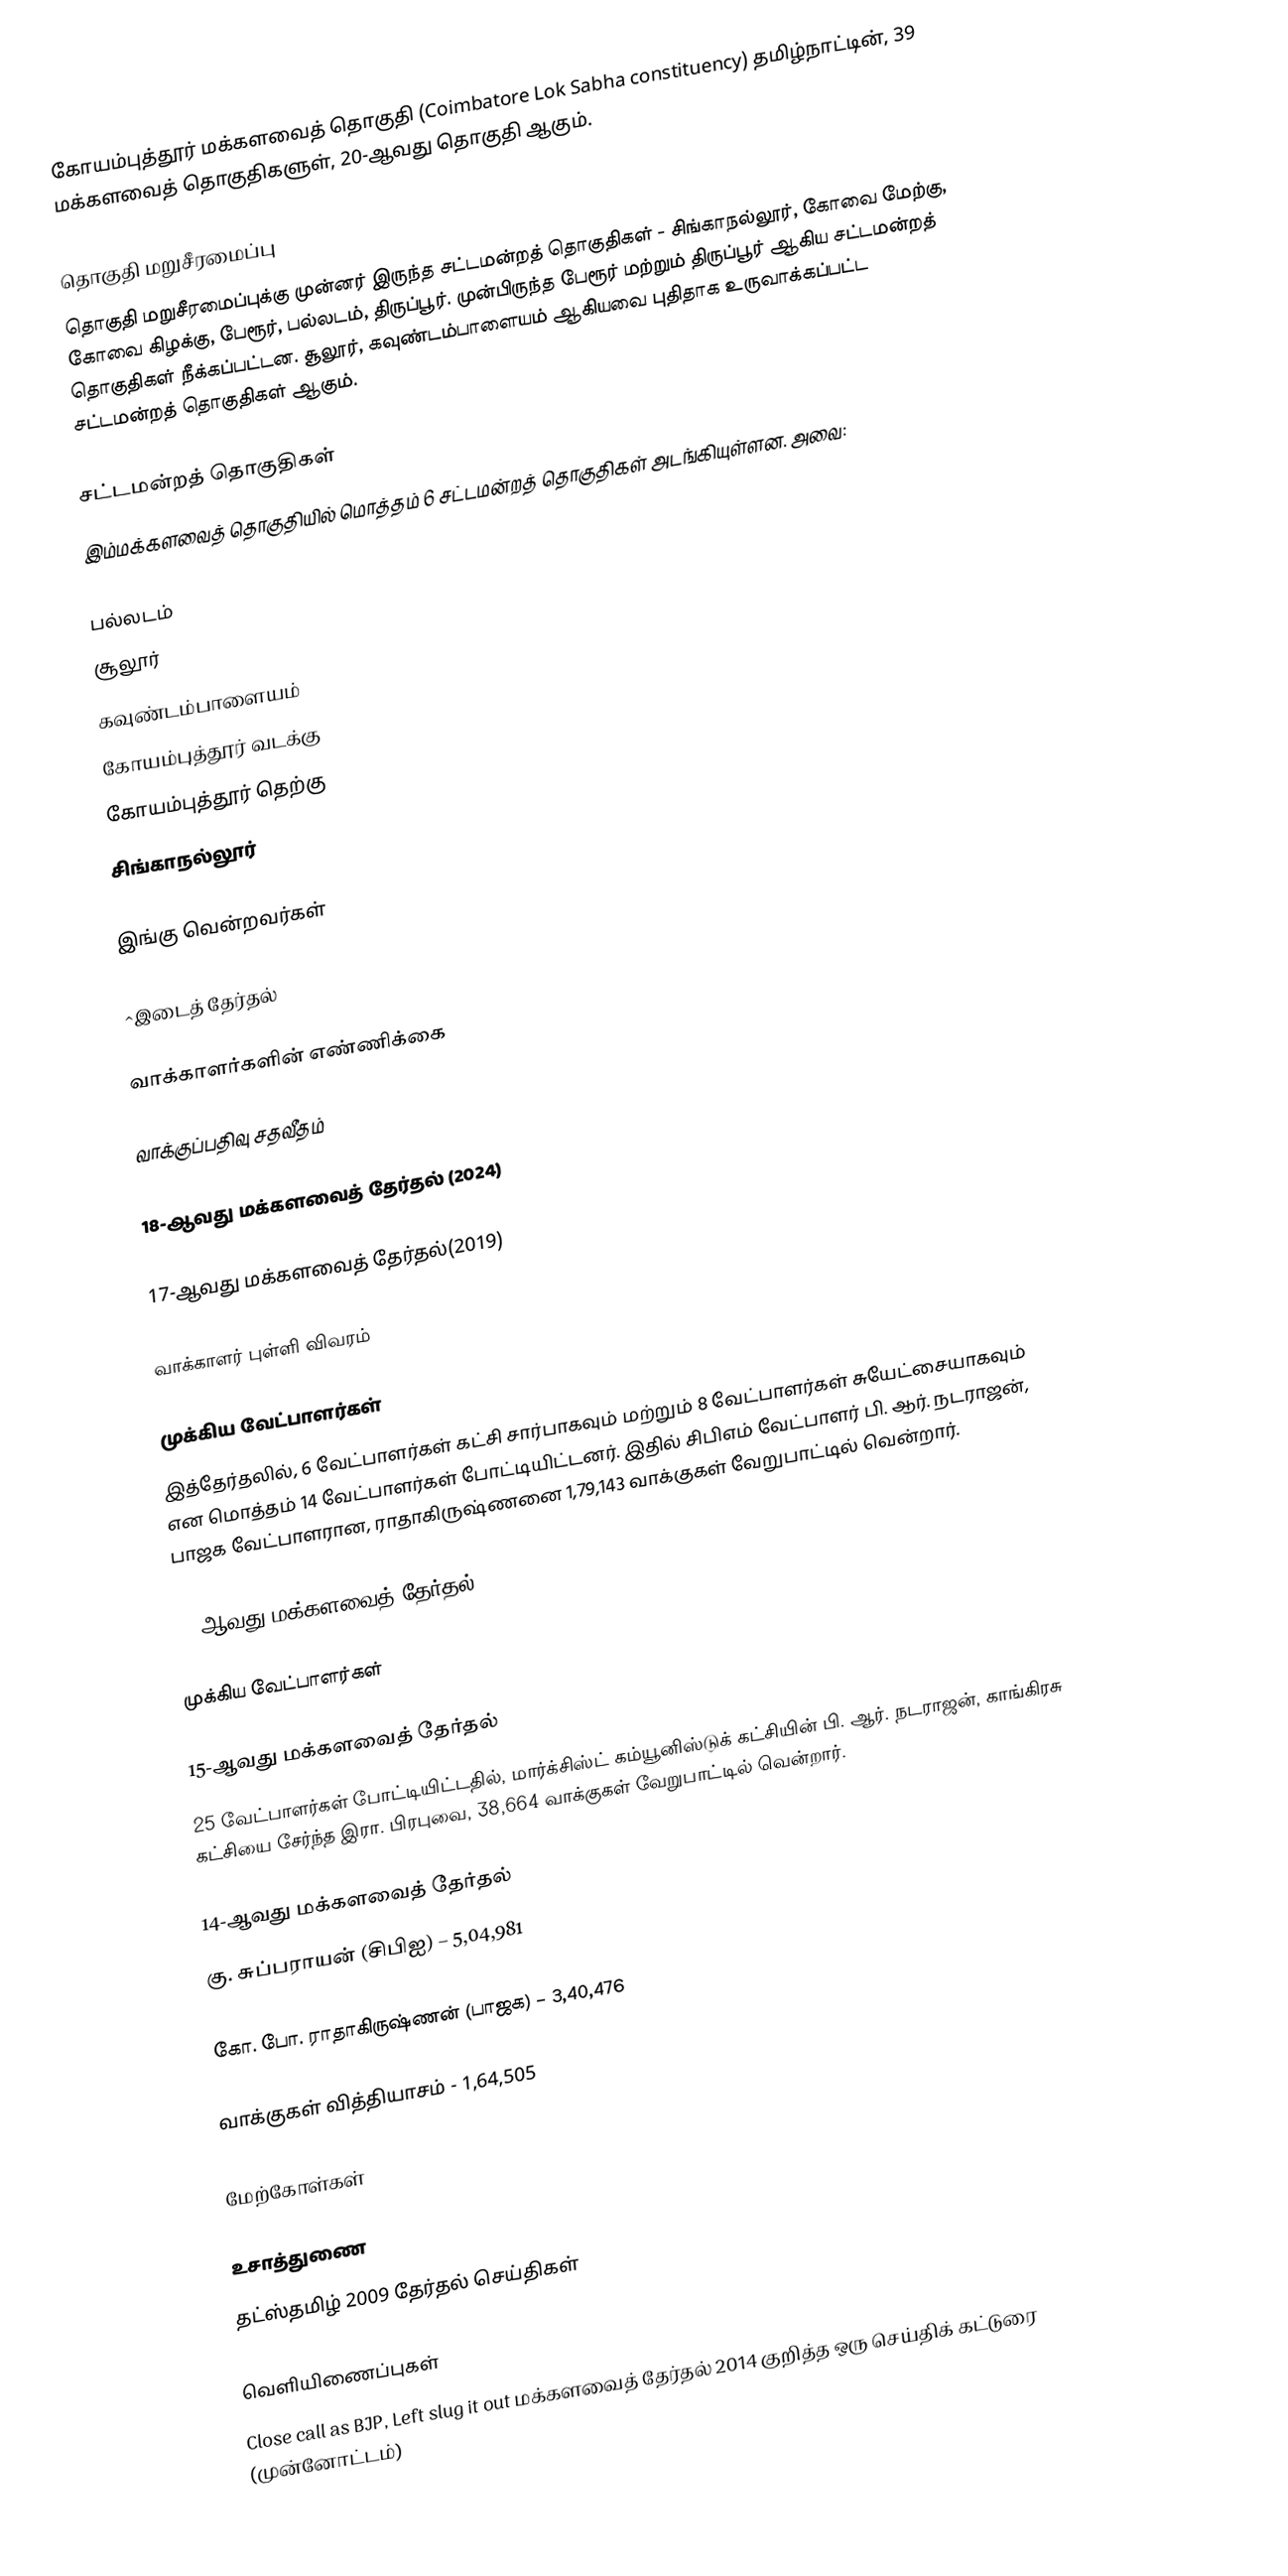
கோயம்புத்தூர் மக்களவைத் தொகுதி (Coimbatore Lok Sabha constituency) தமிழ்நாட்டின், 39 மக்களவைத் தொகுதிகளுள், 20-ஆவது தொகுதி ஆகும்.

தொகுதி மறுசீரமைப்பு
தொகுதி மறுசீரமைப்புக்கு முன்னர் இருந்த சட்டமன்றத் தொகுதிகள் - சிங்காநல்லூர், கோவை மேற்கு, கோவை கிழக்கு, பேரூர், பல்லடம், திருப்பூர். முன்பிருந்த பேரூர் மற்றும் திருப்பூர் ஆகிய சட்டமன்றத் தொகுதிகள் நீக்கப்பட்டன. சூலூர், கவுண்டம்பாளையம் ஆகியவை புதிதாக உருவாக்கப்பட்ட சட்டமன்றத் தொகுதிகள் ஆகும்.

சட்டமன்றத் தொகுதிகள்
இம்மக்களவைத் தொகுதியில் மொத்தம் 6 சட்டமன்றத் தொகுதிகள் அடங்கியுள்ளன. அவை:

 பல்லடம்
 சூலூர்
 கவுண்டம்பாளையம்
 கோயம்புத்தூர் வடக்கு
 கோயம்புத்தூர் தெற்கு
 சிங்காநல்லூர்

இங்கு வென்றவர்கள்

^இடைத் தேர்தல்

வாக்காளர்களின் எண்ணிக்கை

வாக்குப்பதிவு சதவீதம்

18-ஆவது மக்களவைத் தேர்தல் (2024)

17-ஆவது மக்களவைத் தேர்தல்(2019)

வாக்காளர் புள்ளி விவரம்

முக்கிய வேட்பாளர்கள்
இத்தேர்தலில், 6 வேட்பாளர்கள் கட்சி சார்பாகவும் மற்றும் 8 வேட்பாளர்கள் சுயேட்சையாகவும் என மொத்தம் 14 வேட்பாளர்கள் போட்டியிட்டனர். இதில் சிபிஎம் வேட்பாளர் பி. ஆர். நடராஜன், பாஜக வேட்பாளரான, ராதாகிருஷ்ணனை 1,79,143 வாக்குகள் வேறுபாட்டில் வென்றார்.

16-ஆவது மக்களவைத் தேர்தல்

முக்கிய வேட்பாளர்கள்

15-ஆவது மக்களவைத் தேர்தல்
25 வேட்பாளர்கள் போட்டியிட்டதில், மார்க்சிஸ்ட் கம்யூனிஸ்டுக் கட்சியின் பி. ஆர். நடராஜன், காங்கிரசு கட்சியை சேர்ந்த இரா. பிரபுவை, 38,664 வாக்குகள் வேறுபாட்டில் வென்றார்.

14-ஆவது மக்களவைத் தேர்தல்
கு. சுப்பராயன் (சிபிஐ) – 5,04,981

கோ. போ. ராதாகிருஷ்ணன் (பாஜக) – 3,40,476

வாக்குகள் வித்தியாசம் - 1,64,505

மேற்கோள்கள்

உசாத்துணை
 தட்ஸ்தமிழ் 2009 தேர்தல் செய்திகள்

வெளியிணைப்புகள்
 Close call as BJP, Left slug it out மக்களவைத் தேர்தல் 2014 குறித்த ஒரு செய்திக் கட்டுரை (முன்னோட்டம்)